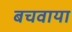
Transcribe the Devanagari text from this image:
बचवाया